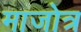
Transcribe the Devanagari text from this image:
माजोत्र